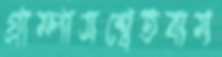
গ্রাম্পাসশ্বেতবাম